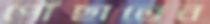
পোঁছাতেন